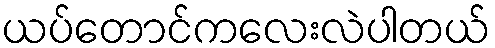
ယပ်တောင်ကလေးလဲပါတယ်